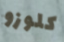
كلوزو